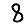
Digit: 8